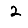
Digit: 2